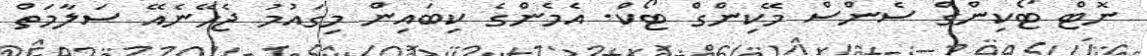
ނޮޓް ޓޯކިންގް ސެންސް މޭކިންގް ޓޯކް. އެމެންގެ ކިބައިން މިގައުމު ޖެހޭނެއޭ ސަލާމަތް